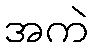
အကဲ